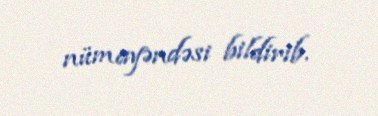
nümayəndəsi bildirib.